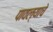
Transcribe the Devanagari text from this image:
पावल्याचे